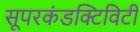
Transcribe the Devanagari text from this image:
सूपरकंडक्टिविटी